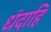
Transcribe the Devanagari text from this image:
धंदाहि